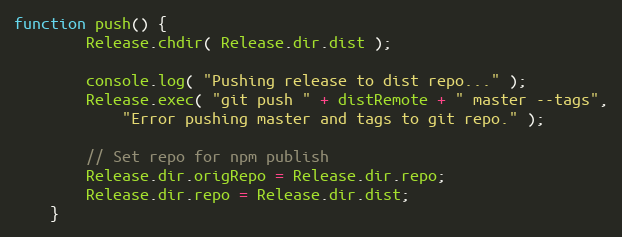
Language: JavaScript
function push() {
		Release.chdir( Release.dir.dist );

		console.log( "Pushing release to dist repo..." );
		Release.exec( "git push " + distRemote + " master --tags",
			"Error pushing master and tags to git repo." );

		// Set repo for npm publish
		Release.dir.origRepo = Release.dir.repo;
		Release.dir.repo = Release.dir.dist;
	}